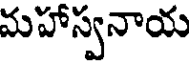
మహాస్వనాయ